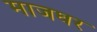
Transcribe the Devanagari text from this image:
माजघर